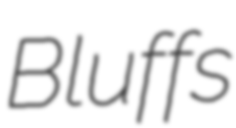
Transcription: Bluffs